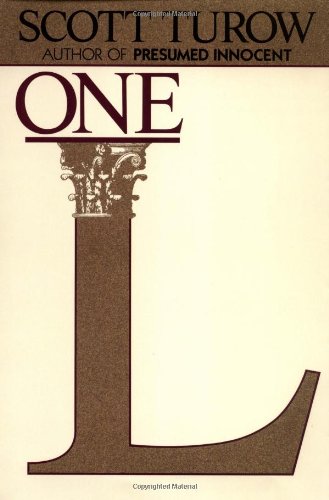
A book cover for One L; Scott Turow; Biographies & Memoirs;